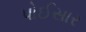
પોઈસાર